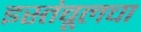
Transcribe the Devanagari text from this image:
इस्तंबूलचा